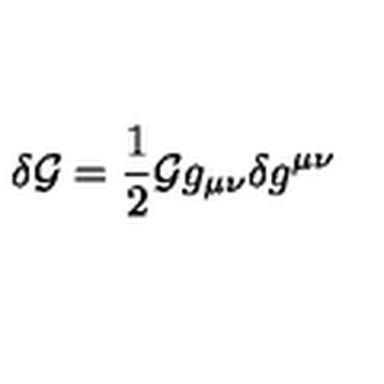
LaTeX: \delta { \cal G } = \frac { 1 } { 2 } { \cal G } g _ { \mu \nu } \delta g ^ { \mu \nu }